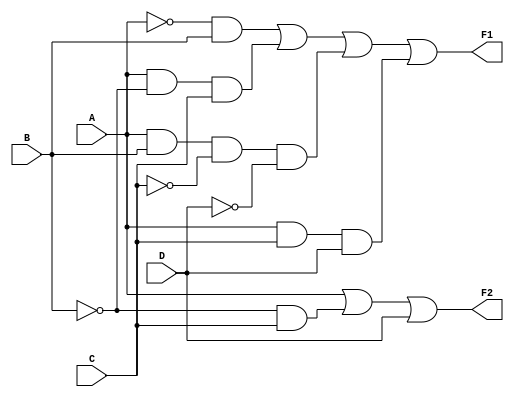
module combinational_logic (
    input wire A,
    input wire B,
    input wire C,
    input wire D,
    output wire F1,
    output wire F2
);

// Function F1 = A'B + AB'C + ABC'D + ACD
// This function can be derived from a truth table and simplified using algebraic methods and K-map techniques
assign F1 = (~A & B) | (A & ~B & C) | (A & B & ~C & ~D) | (A & C & D);

// Function F2 = A + B'C + D
// Another example function that can also be derived and simplified
assign F2 = A | (~B & C) | D;

endmodule